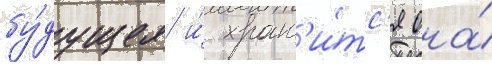
бу́дущее и́ хран'и́тс'я она́